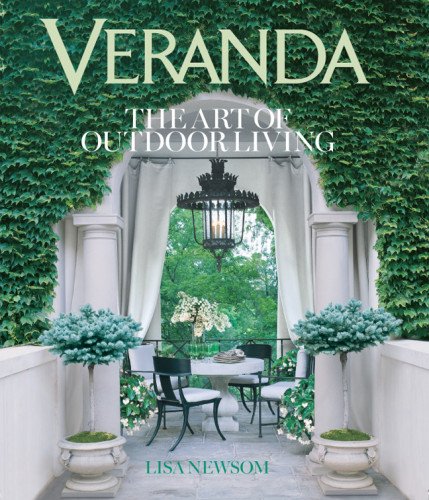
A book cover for VERANDA The Art of Outdoor Living; Lisa Newsom; Crafts, Hobbies & Home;